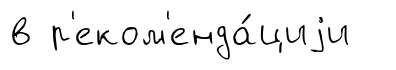
в р'еком'енда́циjи